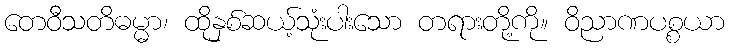
တေဝီသတိဓမ္မာ၊ ထိုနှစ်ဆယ့်သုံးပါးသော တရားတို့ကို။ ဝိညာဏပစ္စယာ